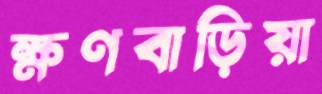
ক্ষণবাড়িয়া